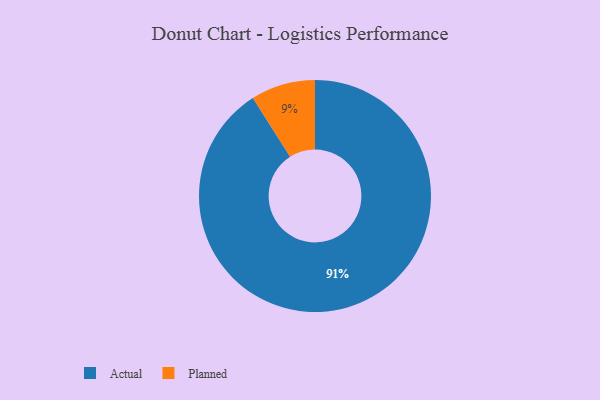
{"axis": {"x": "Category", "y": "Percentage"}, "legend": ["Actual", "Planned"], "data": [{"x": "Actual", "y": 91, "type": "Actual"}, {"x": "Planned", "y": 9, "type": "Planned"}]}